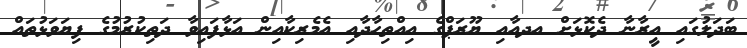
ބަދަލުގައި އީރާނާ ދެކޮޅަށް އދއާއި ޔޫރަޕްގެ އިއްތިހާދާއި އެމެރިކާއިން އަޅާފައިވާ ދަތިކުރުމުގެ ފިޔަވަޅުތައް